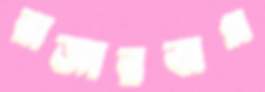
রাজারবাগ